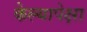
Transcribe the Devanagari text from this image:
केल्यापेक्षा